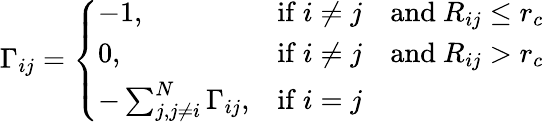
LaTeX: \Gamma_{ij}=\left\{ {\begin{array}{lll}{-1,}&{{\mathrm{if~}}i\neq j}&{{\mathrm{and~}}R_{ij}\leq r_{c}}\\ {0,}&{{\mathrm{if~}}i\neq j}&{{\mathrm{and~}}R_{ij}>r_{c}}\\ {-\sum_{j,j\neq i}^{N}\Gamma_{ij},}&{{\mathrm{if~}}i=j}\end{array}}\right.